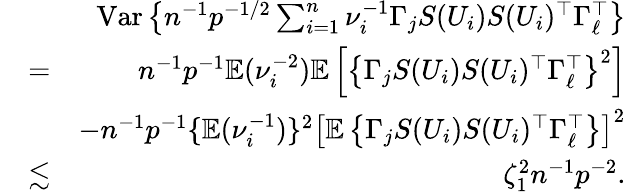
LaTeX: \begin{array}{rlr}&{}&{\mathrm{Var}\left\{ n^{-1}p^{-1/2}\sum_{i=1}^{n}\nu_{i}^{-1}\Gamma_{j}S(U_{i})S(U_{i})^{\top}\Gamma_{\ell}^{\top}\right\} }\\ &{=}&{n^{-1}p^{-1}{\mathbb{E}}(\nu_{i}^{-2}){\mathbb{E}}\left[\left\{ \Gamma_{j}S(U_{i})S(U_{i})^{\top}\Gamma_{\ell}^{\top}\right\} ^{2}\right]}\\ &{}&{-n^{-1}p^{-1}\{ {\mathbb{E}}(\nu_{i}^{-1})\} ^{2}\left[{\mathbb{E}}\left\{ \Gamma_{j}S(U_{i})S(U_{i})^{\top}\Gamma_{\ell}^{\top}\right\} \right]^{2}}\\ &{\lesssim}&{\zeta_{1}^{2}n^{-1}p^{-2}.}\end{array}